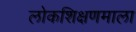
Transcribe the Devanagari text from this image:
लोकशिक्षणमाला